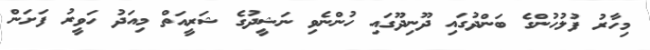
މިހާރު ފުލުހުންގެ ބަންދުގައި ދޫނިދޫގައި ހުންނެވި ނަޝީދުގެ ޝަރީއަތް މިއަދު ހަވީރު ފަށަން